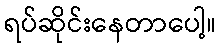
ရပ်ဆိုင်းနေတာပေါ့။